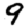
Digit: 9